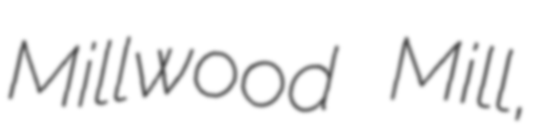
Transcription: Millwood Mill,